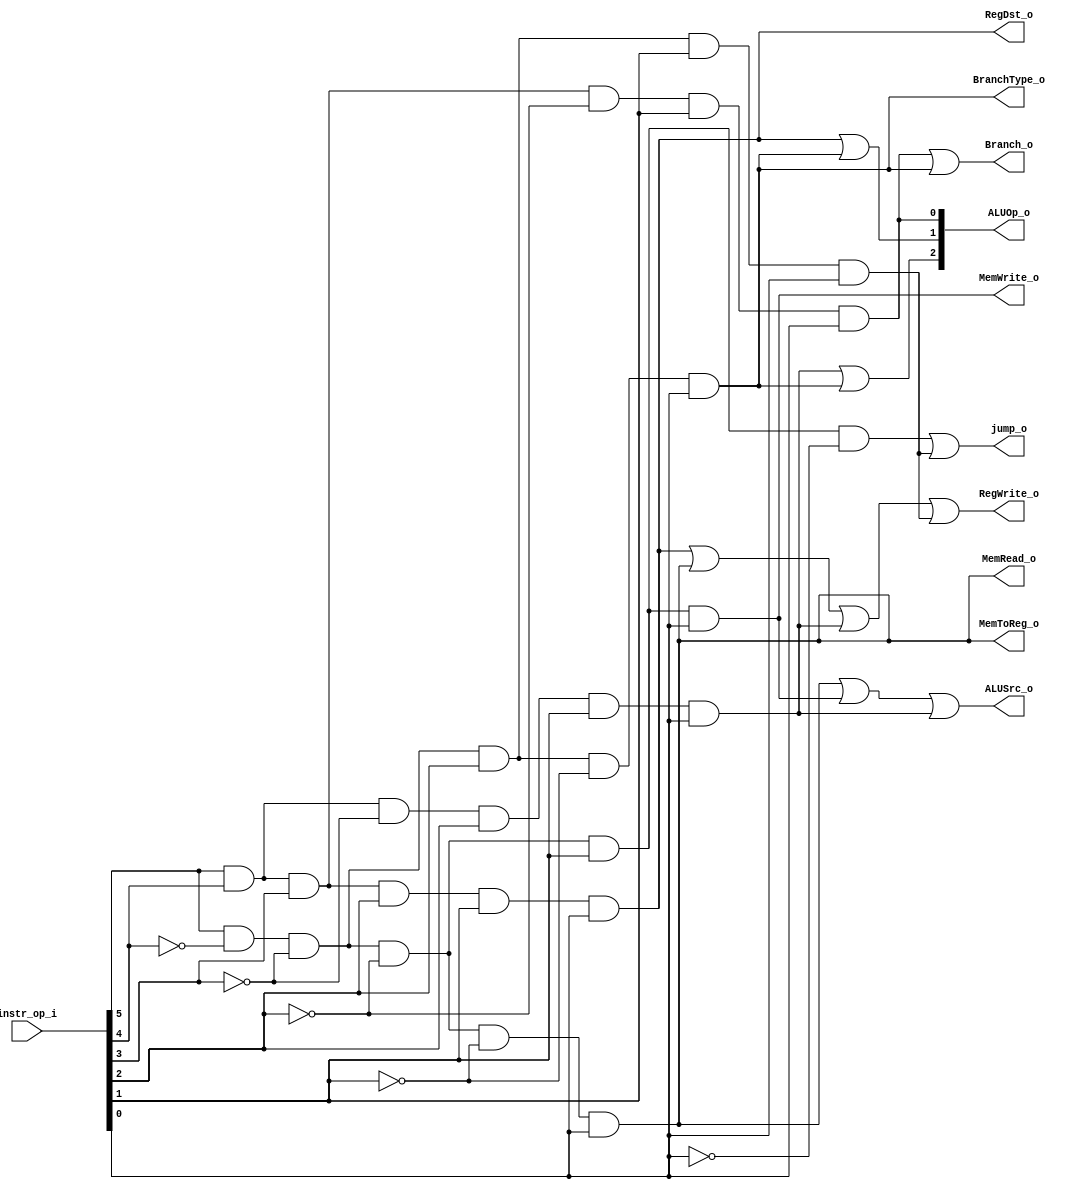
module Decoder( instr_op_i, RegWrite_o,	ALUOp_o, ALUSrc_o, RegDst_o,MemToReg_o,Branch_o,BranchType_o,MemWrite_o,MemRead_o,jump_o );
     
//I/O ports
input	[6-1:0] instr_op_i;

output			RegWrite_o;
output	[3-1:0] ALUOp_o;
output			ALUSrc_o;
output			RegDst_o;
output 			MemToReg_o;
output			Branch_o;
output			BranchType_o;
output			MemWrite_o;
output			MemRead_o;
output			jump_o;

//Internal Signals
wire	[3-1:0] ALUOp_o;
wire			ALUSrc_o;
wire			RegWrite_o;
wire			RegDst_o;
wire	 		MemToReg_o;
wire			Branch_o;
wire			BranchType_o;
wire			MemWrite_o;
wire			MemRead_o;
wire 			jump_o;

//Main function
/*your code here*/
assign RegWrite_o=(instr_op_i[5] & instr_op_i[4] & instr_op_i[3] & instr_op_i[2] & instr_op_i[1] & instr_op_i[0])|//R type
		  (instr_op_i[5] & ~instr_op_i[4] & ~instr_op_i[3] & ~instr_op_i[2] & ~instr_op_i[1] & instr_op_i[0])|//lw
		  (instr_op_i[5] & instr_op_i[4] & ~instr_op_i[3] & instr_op_i[2] & instr_op_i[1] & instr_op_i[0])|//addi
		  (instr_op_i[5] & ~instr_op_i[4] & ~instr_op_i[3] & instr_op_i[2] & instr_op_i[1] & instr_op_i[0]);//jal;

assign ALUSrc_o=(instr_op_i[5] & ~instr_op_i[4] & ~instr_op_i[3] & ~instr_op_i[2] & ~instr_op_i[1] & instr_op_i[0])|//lw
		(instr_op_i[5] & ~instr_op_i[4] & ~instr_op_i[3] & ~instr_op_i[2] & instr_op_i[1] & instr_op_i[0])|//sw
		(instr_op_i[5] & instr_op_i[4] & ~instr_op_i[3] & instr_op_i[2] & instr_op_i[1] & instr_op_i[0]);//addi

assign RegDst_o=(instr_op_i[5] & instr_op_i[4] & instr_op_i[3] & instr_op_i[2] & instr_op_i[1] & instr_op_i[0]);//R type

assign MemToReg_o=(instr_op_i[5] & ~instr_op_i[4] & ~instr_op_i[3] & ~instr_op_i[2] & ~instr_op_i[1] & instr_op_i[0]);//lw

assign Branch_o=(instr_op_i[5] & instr_op_i[4] & instr_op_i[3] & ~instr_op_i[2] & instr_op_i[1] & instr_op_i[0])|//beq
		(instr_op_i[5] & ~instr_op_i[4] & ~instr_op_i[3] & instr_op_i[2] & ~instr_op_i[1] & instr_op_i[0]);//bne

assign BranchType_o=(instr_op_i[5] & ~instr_op_i[4] & ~instr_op_i[3] & instr_op_i[2] & ~instr_op_i[1] & instr_op_i[0]);//bne

assign MemWrite_o=(instr_op_i[5] & ~instr_op_i[4] & ~instr_op_i[3] & ~instr_op_i[2] & instr_op_i[1] & instr_op_i[0]);//sw
                  

assign MemRead_o=(instr_op_i[5] & ~instr_op_i[4] & ~instr_op_i[3] & ~instr_op_i[2] & ~instr_op_i[1] & instr_op_i[0]);//lw

assign jump_o=(instr_op_i[5] & ~instr_op_i[4] & ~instr_op_i[3] & ~instr_op_i[2] & instr_op_i[1] & ~instr_op_i[0])|//jump
	      (instr_op_i[5] & ~instr_op_i[4] & ~instr_op_i[3] & instr_op_i[2] & instr_op_i[1] & instr_op_i[0]);//jal
///
assign ALUOp_o[2]=(instr_op_i[5] & instr_op_i[4] & ~instr_op_i[3] & instr_op_i[2] & instr_op_i[1] & instr_op_i[0])|//addi
		  (instr_op_i[5] & ~instr_op_i[4] & ~instr_op_i[3] & instr_op_i[2] & ~instr_op_i[1] & instr_op_i[0]);//bne

assign ALUOp_o[1]=(instr_op_i[5] & instr_op_i[4] & instr_op_i[3] & instr_op_i[2] & instr_op_i[1] & instr_op_i[0])|//R type
		  (instr_op_i[5] & ~instr_op_i[4] & ~instr_op_i[3] & instr_op_i[2] & ~instr_op_i[1] & instr_op_i[0]);//bne

assign ALUOp_o[0]=(instr_op_i[5] & instr_op_i[4] & instr_op_i[3] & ~instr_op_i[2] & instr_op_i[1] & instr_op_i[0]);//beq

endmodule